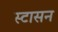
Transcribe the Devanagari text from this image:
स्टासन